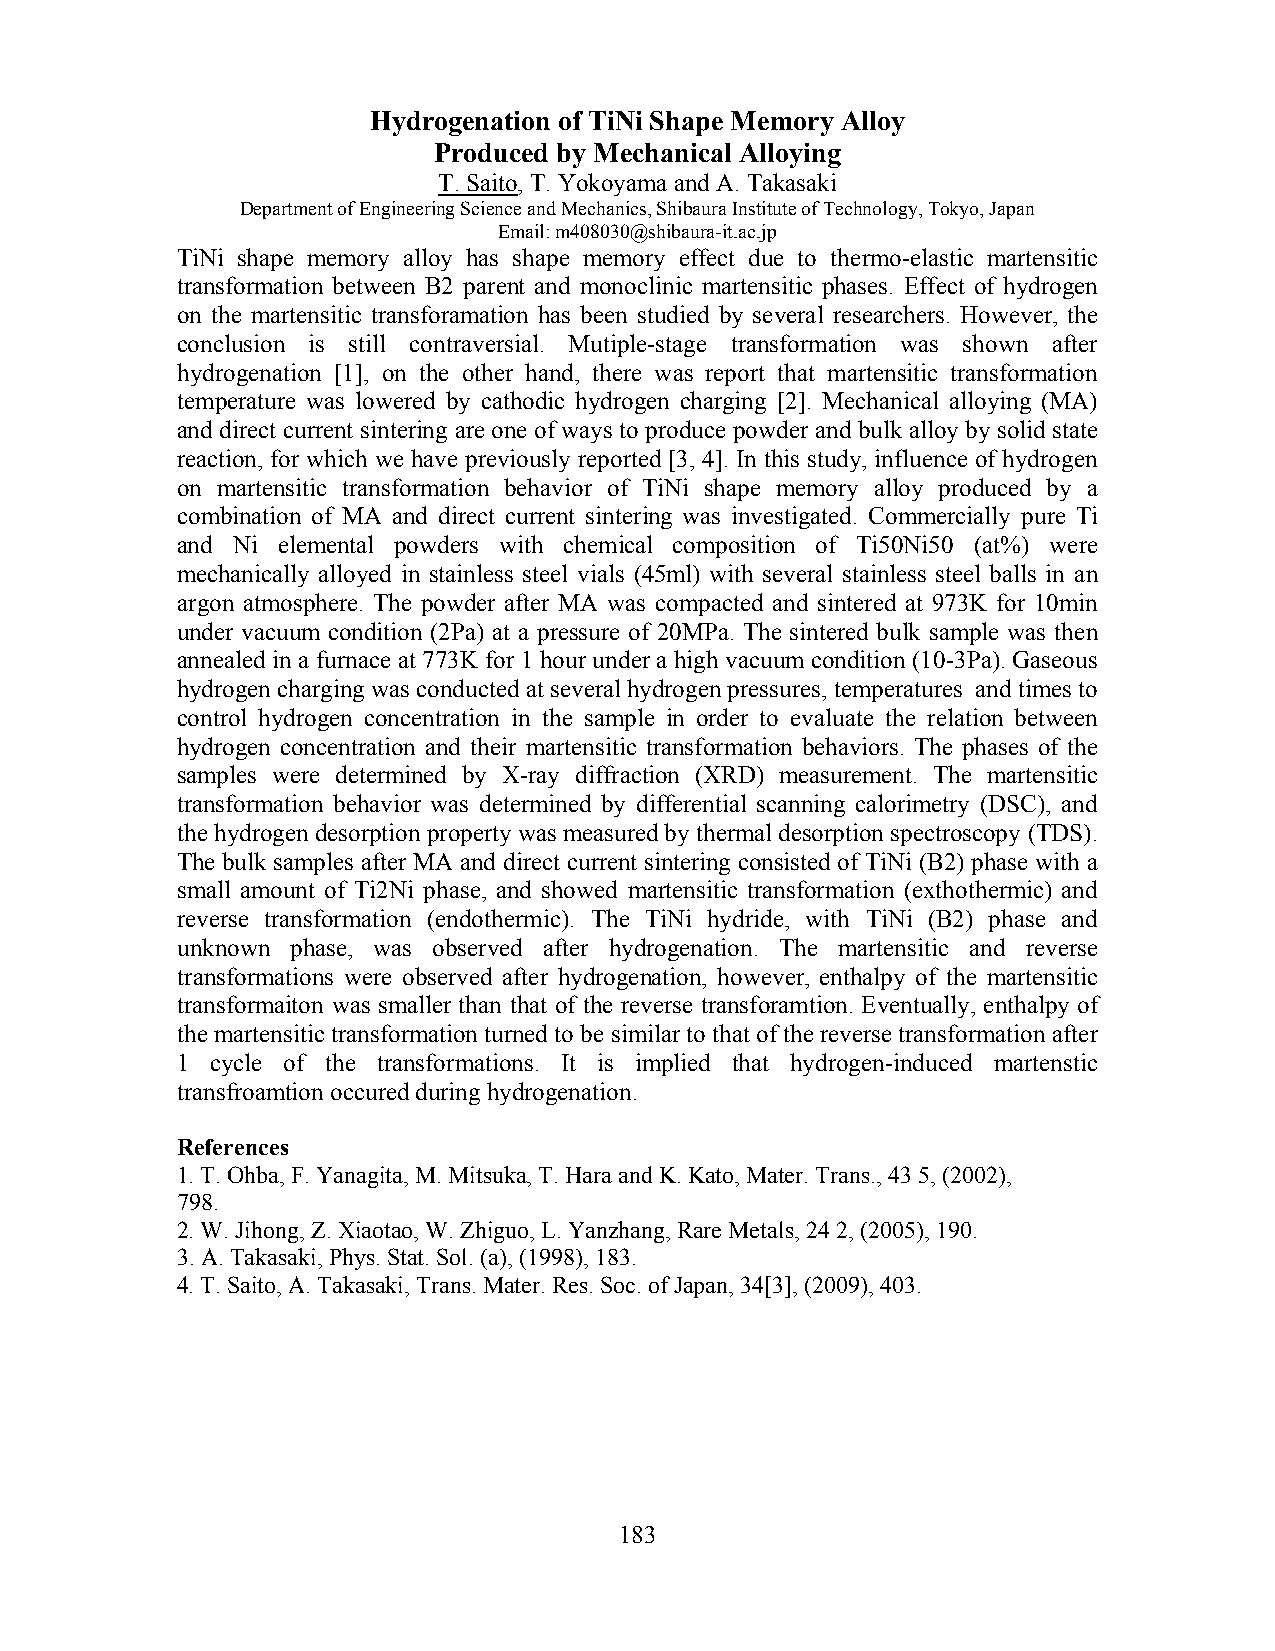
Hydrogenation of TiNi Shape Memory Alloy
 Produced by Mechanical Alloying
 T. Saito, T. Yokoyama and A. Takasaki
 Department of Engineering Science and Mechanics, Shibaura Institute of Technology, Tokyo, Japan
 Email: m408030@shibaura-it.ac.jp
 TiNi shape memory alloy has shape memory effect due to thermo-elastic martensitic
 transformation between B2 parent and monoclinic martensitic phases. Effect of hydrogen
 on the martensitic transforamation has been studied by several researchers. However, the
 conclusion is still contraversial. Mutiple-stage transformation was shown after
 hydrogenation [1], on the other hand, there was report that martensitic transformation
 temperature was lowered by cathodic hydrogen charging [2]. Mechanical alloying (MA)
 and direct current sintering are one of ways to produce powder and bulk alloy by solid state
 reaction, for which we have previously reported [3, 4]. In this study, influence of hydrogen
 on martensitic transformation behavior of TiNi shape memory alloy produced by a
 combination of MA and direct current sintering was investigated. Commercially pure Ti
 and Ni elemental powders with chemical composition of Ti50Ni50 (at%) were
 mechanically alloyed in stainless steel vials (45ml) with several stainless steel balls in an
 argon atmosphere. The powder after MA was compacted and sintered at 973K for 10min
 under vacuum condition (2Pa) at a pressure of 20MPa. The sintered bulk sample was then
 annealed in a furnace at 773K for 1 hour under a high vacuum condition (10-3Pa). Gaseous
 hydrogen charging was conducted at several hydrogen pressures, temperatures and times to
 control hydrogen concentration in the sample in order to evaluate the relation between
 hydrogen concentration and their martensitic transformation behaviors. The phases of the
 samples were determined by X-ray diffraction (XRD) measurement. The martensitic
 transformation behavior was determined by differential scanning calorimetry (DSC), and
 the hydrogen desorption property was measured by thermal desorption spectroscopy (TDS).
 The bulk samples after MA and direct current sintering consisted of TiNi (B2) phase with a
 small amount of Ti2Ni phase, and showed martensitic transformation (exthothermic) and
 reverse transformation (endothermic). The TiNi hydride, with TiNi (B2) phase and
 unknown phase, was observed after hydrogenation. The martensitic and reverse
 transformations were observed after hydrogenation, however, enthalpy of the martensitic
 transformaiton was smaller than that of the reverse transforamtion. Eventually, enthalpy of
 the martensitic transformation turned to be similar to that of the reverse transformation after
 1 cycle of the transformations. It is implied that hydrogen-induced martenstic
 transfroamtion occured during hydrogenation.
 References
 1. T. Ohba, F. Yanagita, M. Mitsuka, T. Hara and K. Kato, Mater. Trans., 43 5, (2002),
 798.
 2. W. Jihong, Z. Xiaotao, W. Zhiguo, L. Yanzhang, Rare Metals, 24 2, (2005), 190.
 3. A. Takasaki, Phys. Stat. Sol. (a), (1998), 183.
 4. T. Saito, A. Takasaki, Trans. Mater. Res. Soc. of Japan, 34[3], (2009), 403.
 183